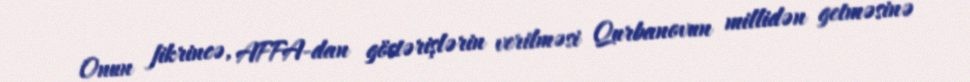
Onun fikrincə, AFFA-dan göstərişlərin verilməsi Qurbanovun millidən getməsinə